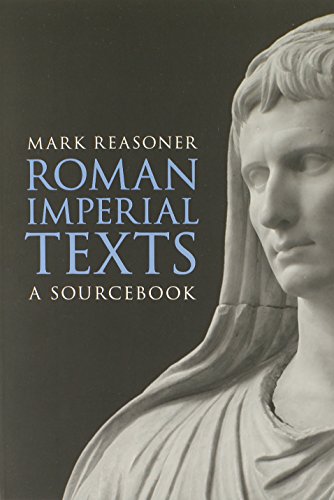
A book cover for Roman Imperial Texts: A Sourcebook; Mark Reasoner; Christian Books & Bibles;